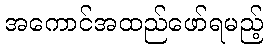
အကောင်အထည်ဖော်ရမည့်